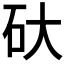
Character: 𮀋